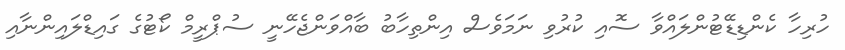
ހުރިހާ ކެންޑިޑޭޓުންލައްވާ ސޮއި ކުރުވި ނަމަވެސް އިންތިހާބު ބާއްވަންޖެހޭނީ ސުޕްރީމް ކޯޓުގެ ގައިޑްލައިންނާއި